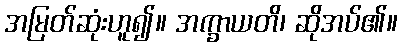
အမြတ်ဆုံးဟူ၍။ အက္ခာယတိ၊ ဆိုအပ်၏။